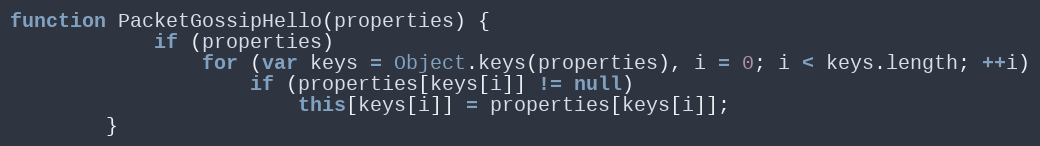
Language: JavaScript
function PacketGossipHello(properties) {
			if (properties)
				for (var keys = Object.keys(properties), i = 0; i < keys.length; ++i)
					if (properties[keys[i]] != null)
						this[keys[i]] = properties[keys[i]];
		}